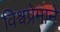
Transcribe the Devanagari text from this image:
विश्वप्रेमाने